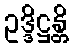
ဥဒ္ဒိဋ္ဌန္တိ